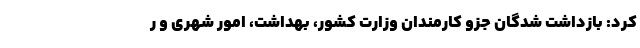
کرد: بازداشت شدگان جزو کارمندان وزارت کشور، بهداشت، امور شهری و ر